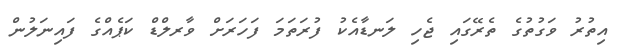
އިތުރު ވަގުތުގެ ތެރޭގައި ޖެހި ލަނޑާއެކު ފުރަތަމަ ފަހަރަށް ވާރލްޑް ކަޕެއްގެ ފައިނަލުން